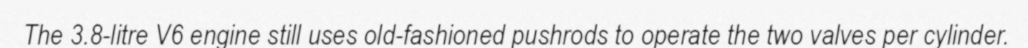
The 3.8-litre V6 engine still uses old-fashioned pushrods to operate the two valves per cylinder.